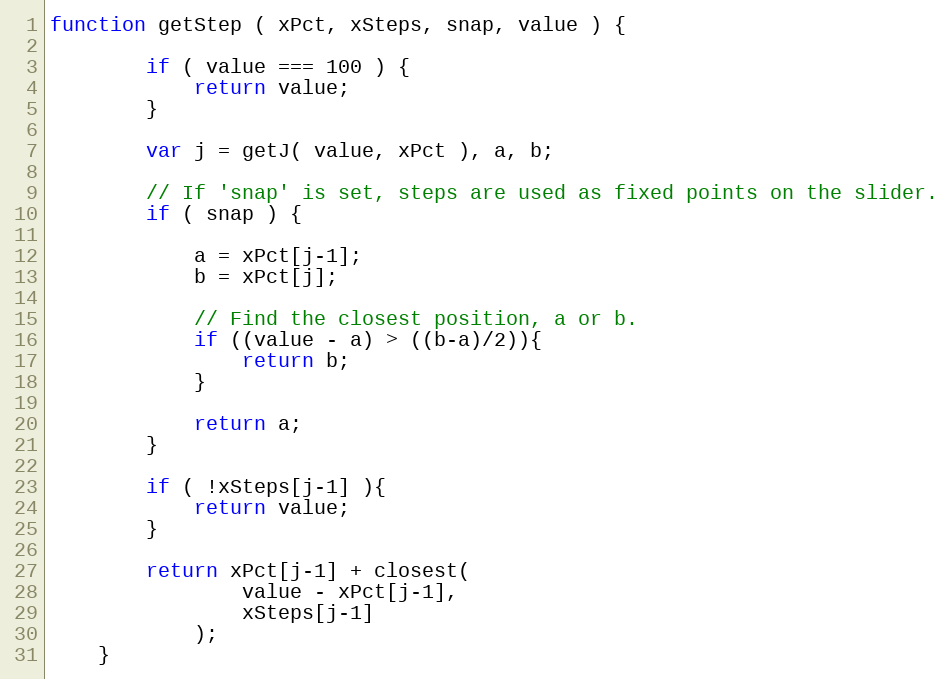
Language: JavaScript
function getStep ( xPct, xSteps, snap, value ) {

        if ( value === 100 ) {
            return value;
        }

        var j = getJ( value, xPct ), a, b;

        // If 'snap' is set, steps are used as fixed points on the slider.
        if ( snap ) {

            a = xPct[j-1];
            b = xPct[j];

            // Find the closest position, a or b.
            if ((value - a) > ((b-a)/2)){
                return b;
            }

            return a;
        }

        if ( !xSteps[j-1] ){
            return value;
        }

        return xPct[j-1] + closest(
                value - xPct[j-1],
                xSteps[j-1]
            );
    }